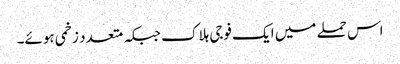
اس حملے میں ایک فوجی ہلاک جبکہ متعدد زخمی ہوئے۔